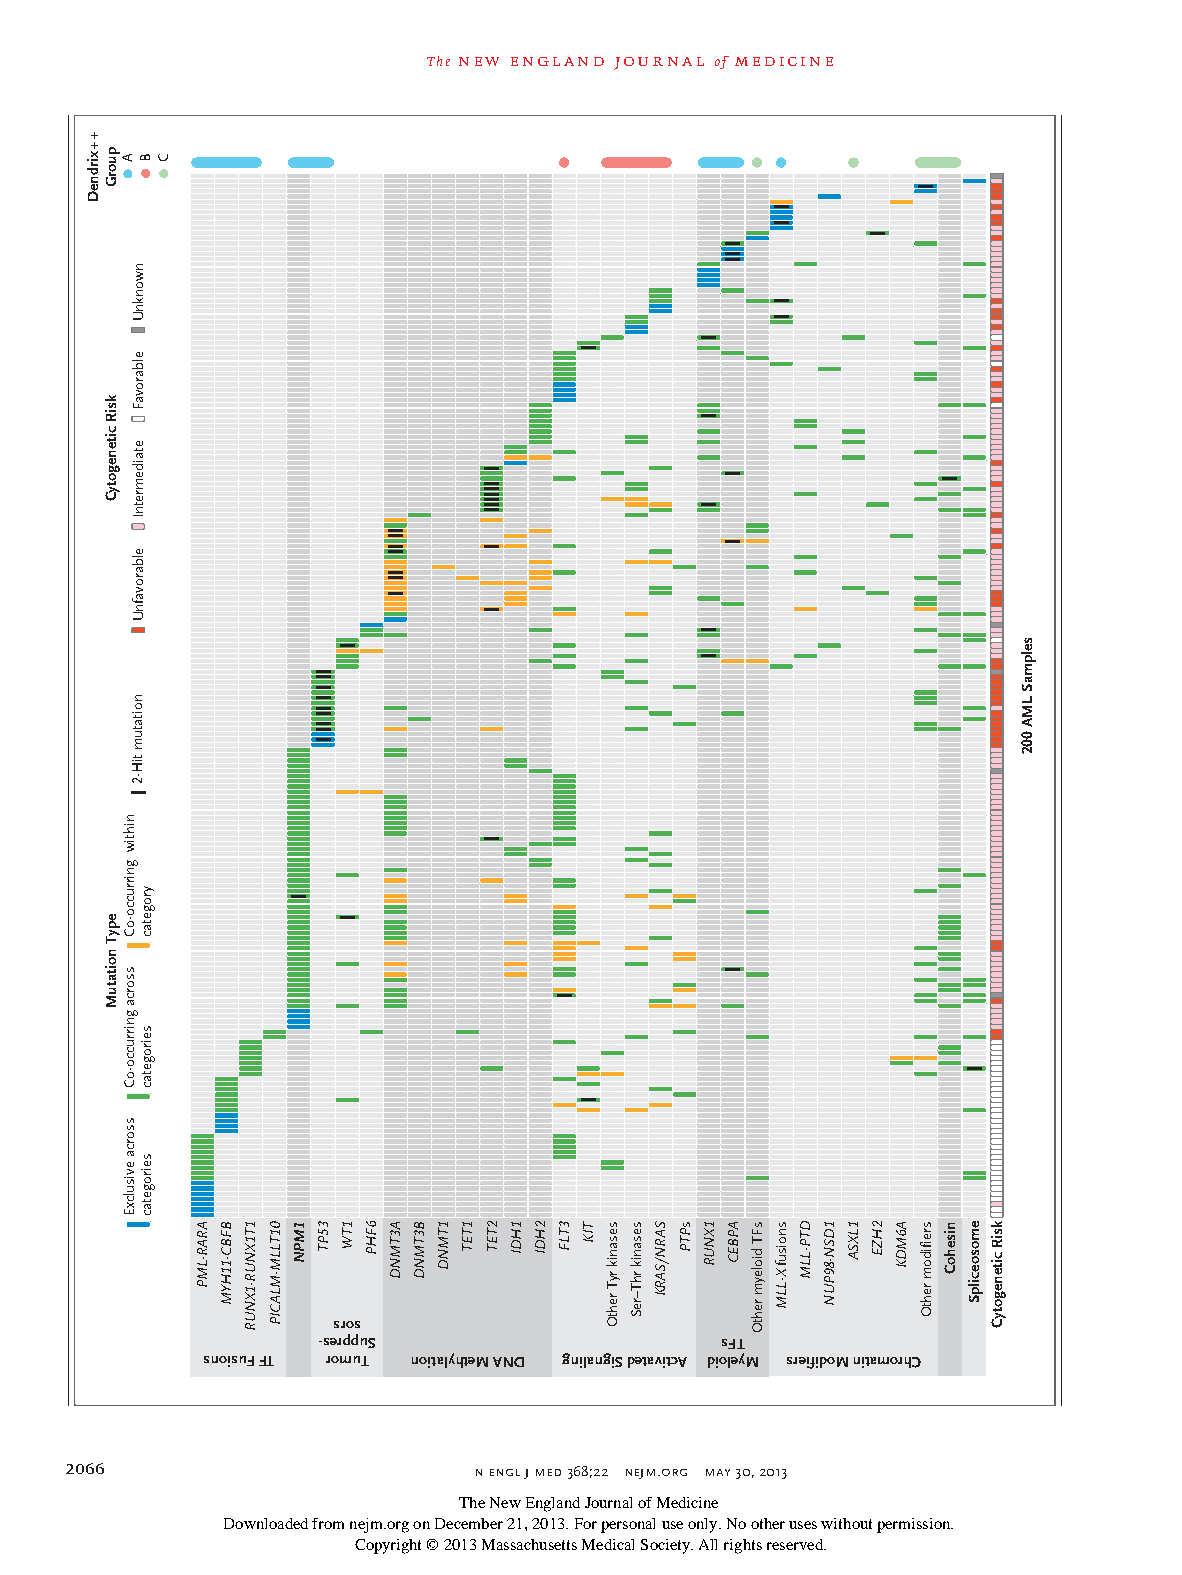
The new england journal of medicine
 sros
 -serppuS                   sFT
 snoisuF FT romuT noitalyhteM AND gnilangiS detavitcA dioleyM sreifidoM nitamorhC
 2066                       n engl j med 368;22 nejm.org may 30, 2013
 The New England Journal of Medicine
 Downloaded from nejm.org on December 21, 2013. For personal use only. No other uses without permission.
 Copyright © 2013 Massachusetts Medical Society. All rights reserved.
 ++xirdneD
 puorG
 ksiR
 citenegotyC
 epyT
 noitatuM
 A
 nihtiw
 gnirrucco-oC
 ssorca
 gnirrucco-oC
 ssorca
 evisulcxE
 nwonknU
 elbarovaF
 etaidemretnI
 elbarovafnU
 noitatum
 tiH-2
 B
 yrogetac
 seirogetac
 seirogetac
 C
 ARAR-LMP BFBC-11HYM 1T1XNUR-1XNUR 01TLLM-MLACIP 1MPN 35PT 1TW 6FHP A3TMND B3TMND 1TMND 1TET 2TET 1HDI 2HDI 3TLF TIK sesanik
 ryT
 rehtO
 sesanik
 rhT–reS
 SARN/SARK sPTP 1XNUR APBEC sFT
 dioleym
 rehtO
 snoisuf
 X-LLM
 DTP-LLM 1DSN-89PUN 1LXSA 2HZE A6MDK sreifidom
 rehtO
 nisehoC emosoecilpS ksiR
 citenegotyC
 selpmaS
 LMA
 002